Report on vaccination in the Province of Bengal - 1869-1873
Year: 1869
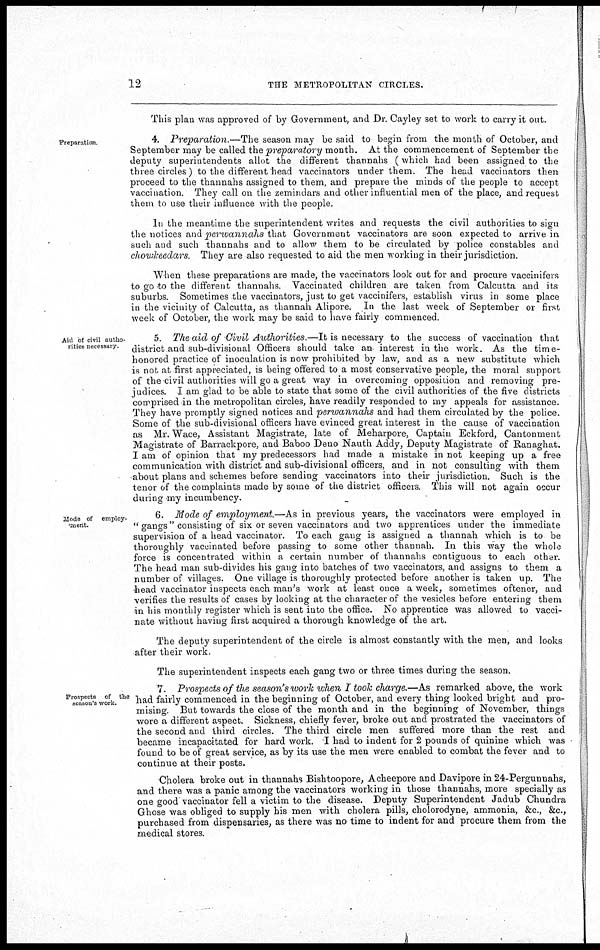
12
THE METROPOLITAN CIRCLES.
This plan was approved of by Government, and Dr. Cayley set to work to carry it out.
Preparation
4. Preparation.—The season may be said to begin from the month of October, and
September may be called the preparatory month. At the commencement of September the
deputy superintendents allot the different thannahs (which had been assigned to the
three circles) to the different head vaccinators under them. The head vaccinators then
proceed to the thannahs assigned to them, and prepare the minds of the people to accept
vaccination. They call on the zemindars and other influential men of the place, and request
them to use their influence with the people.
In the meantime the superintendent writes and requests the civil authorities to sign
the notices and perwannahs that Government vaccinators are soon expected to arrive in
such and such thannahs and to allow them to be circulated by police constables and
chowkeedars. They are also requested to aid the men working in their jurisdiction.
When these preparations are made, the vaccinators look out for and procure vaccinifers
to go to the different thannahs. Vaccinated children are taken from Calcutta and its
suburbs. Sometimes the vaccinators, just to get vaccinifers, establish virus in some place
in the vicinity of Calcutta, as thannah Alipore. In the last week of September or first
week of October, the work may be said to have fairly commenced.
Aid of civil autho-
rities necessary.
5. The aid of Civil Authorities.—It is necessary to the success of vaccination that
district and sub-divisional Officers should take an interest in the work. As the time¬
honored practice of inoculation is now prohibited by law, and as a new substitute which
is not at first appreciated, is being offered to a most conservative people, the moral support
of the civil authorities will go a great way in overcoming opposition and removing pre-
judices. I am glad to be able to state that some of the civil authorities of the five districts
comprised in the metropolitan circles, have readily responded to my appeals for assistance.
They have promptly signed notices and perwannahs and had them circulated by the police.
Some of the sub-divisional officers have evinced great interest in the cause of vaccination
as Mr. Wace, Assistant Magistrate, late of Meharpore, Captain Eckford, Cantonment
Magistrate of Barrackpore, and Baboo Deno Nauth Addy, Deputy Magistrate of Ranaghat.
I am of opinion that my predecessors had made a mistake in not keeping up a free
communication with district and sub-divisional officers, and in not consulting with them
about plans and schemes before sending vaccinators into their jurisdiction. Such is the
tenor of the complaints made by some of the district officers. This will not again occur
during my incumbency.
Mode of employ-
ment.
6. Mode of employment.—As in previous years, the vaccinators were employed in
" gangs" consisting of six or seven vaccinators and two apprentices under the immediate
supervision of a head vaccinator. To each gang is assigned a thannah which is to be
thoroughly vaccinated before passing to some other thannah. In this way the whole
force is concentrated within a certain number of thannahs contiguous to each other.
The head man sub-divides his gang into batches of two vaccinators, and assigns to them a
number of villages. One village is thoroughly protected before another is taken up. The
head vaccinator inspects each man's work at least once a week, sometimes oftener, and
verifies the results of cases by looking at the character of the vesicles before entering them
in his monthly register which is sent into the office. No apprentice was allowed to vacci-
nate without having first acquired a thorough knowledge of the art.
The deputy superintendent of the circle is almost constantly with the men, and looks
after their work.
The superintendent inspects each gang two or three times during the season.
Prospects of the
season's work.
7. Prospects of the season's work when I took charge.—As remarked above, the work
had fairly commenced in the beginning of October, and every thing looked bright and pro-
mising. But towards the close of the month and in the beginning of November, things
wore a different aspect. Sickness, chiefly fever, broke out and prostrated the vaccinators of
the second and third circles. The third circle men suffered more than the rest and
became incapacitated for hard work. I had to indent for 2 pounds of quinine which was
found to be of great service, as by its use the men were enabled to combat the fever and to
continue at their posts.
Cholera broke out in thannahs Bishtoopore, Acheepore and Davipore in 24-Pergunuahs,
and there was a panic among the vaccinators working in those thannahs, more specially as
one good vaccinator fell a victim to the disease. Deputy Superintendent Jadub Chundra
Ghose was obliged to supply his men with cholera pills, cholorodyne, ammonia, &c., &c.,
purchased from dispensaries, as there was no time to indent for and procure them from the
medical stores.